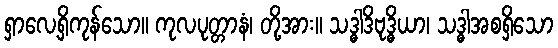
ရှာလေ့ရှိကုန်သော။ ကုလပုတ္တာနံ၊ တို့အား။ သဒ္ဓါဒိဗုဒ္ဓိယာ၊ သဒ္ဓါအစရှိသော